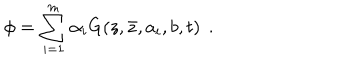
\phi = \sum _ { i = 1 } ^ { m } { \alpha _ { i } } G ( z , \bar { z } , a _ { i } , b , t ) \: \: .